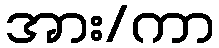
အား/ကာ